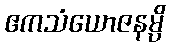
ဧကသံယောဇနမ္ပိ